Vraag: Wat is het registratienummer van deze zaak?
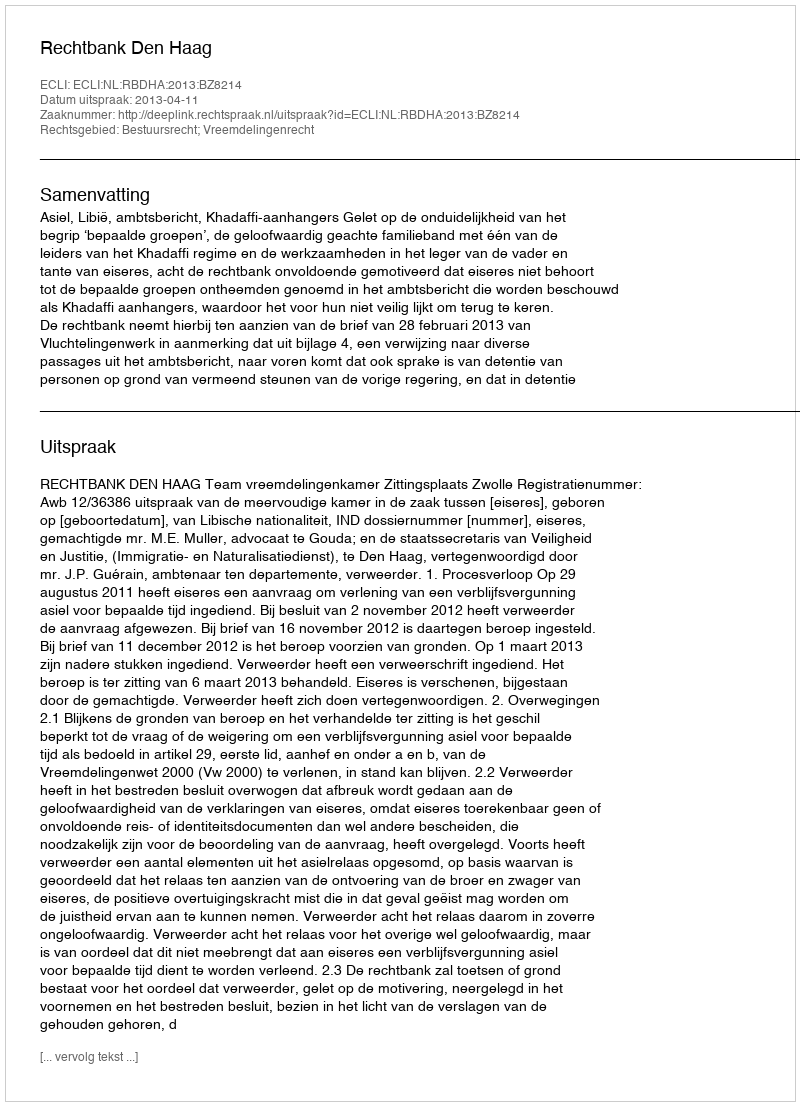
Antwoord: http://deeplink.rechtspraak.nl/uitspraak?id=ECLI:NL:RBDHA:2013:BZ8214